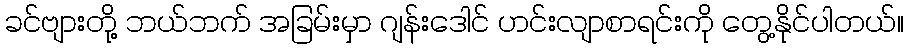
ခင်ဗျားတို့ ဘယ်ဘက် အခြမ်းမှာ ဂျန်းဒေါင် ဟင်းလျာစာရင်းကို တွေ့နိုင်ပါတယ်။